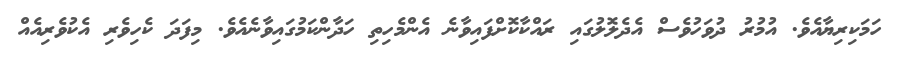
ހަމަކިރިޔާއެވެ. އުމުރު ދުވަހުވެސް އެދެލޮލުގައި ރައްކާކޮށްފައިވާނެ އެންމެހިތި ހަދާންކަމުގައިވާނެއެވެ. މިފަދަ ކެހިވެރި އެކުވެރިއެއް